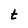
Character: t